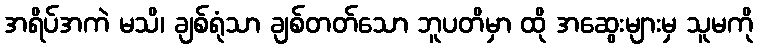
အရိပ်အကဲ မသိ၊ ချစ်ရုံသာ ချစ်တတ်သော ဘူပတိမှာ ထို အဆွေးများမှ သူမကို